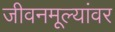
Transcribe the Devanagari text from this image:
जीवनमूल्यांवर